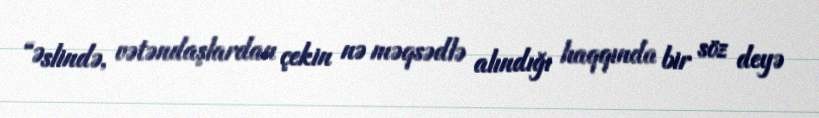
“Əslində, vətəndaşlardan çekin nə məqsədlə alındığı haqqında bir söz deyə